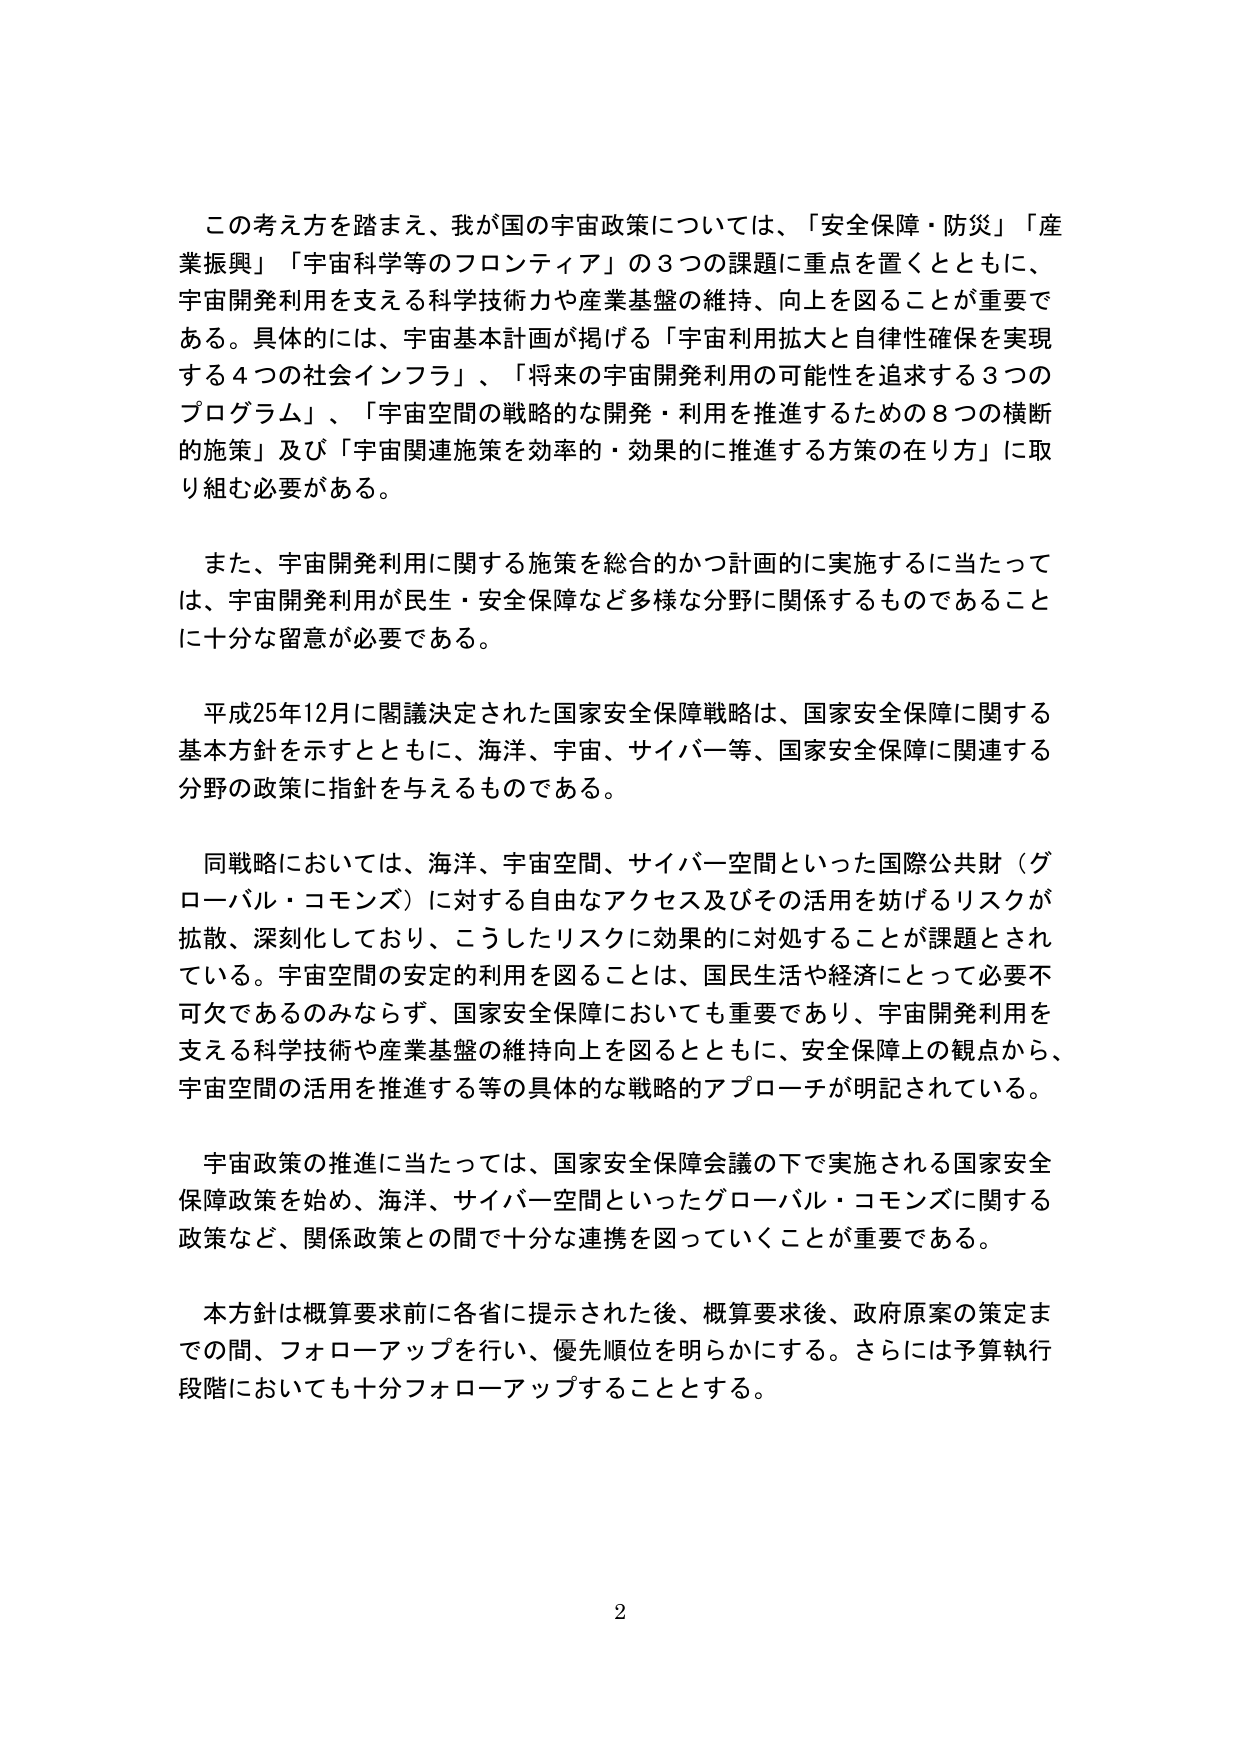
この考え方を踏まえ、我が国の宇宙政策については、「安全保障・防災」「産業振興」「宇宙科学等のフロンティア」の3つの課題に重点を置くとともに、宇宙開発利用を支える科学技術力や産業基盤の維持、向上を図ることが重要である。具体的には、宇宙基本計画が掲げる「宇宙利用拡大と自律性確保を実現する4つの社会インフラ」、「将来の宇宙開発利用の可能性を追求する3つのプログラム」、「宇宙空間の戦略的な開発・利用を推進するための8つの横断的施策」及び「宇宙関連施策を効率的・効果的に推進する方策の在り方」に取り組む必要がある。

また、宇宙開発利用に関する施策を総合的かつ計画的に実施するに当たっては、宇宙開発利用が民生・安全保障など多様な分野に関係するものであることに十分な留意が必要である。

平成25年12月に閣議決定された国家安全保障戦略は、国家安全保障に関する基本方針を示すとともに、海洋、宇宙、サイバー等、国家安全保障に関連する分野の政策に指針を与えるものである。

同戦略においては、海洋、宇宙空間、サイバー空間といった国際公共財（グローバル・コモンズ）に対する自由なアクセス及びその活用を妨げるリスクが拡散、深刻化しており、こうしたリスクに効果的に対処することが課題とされている。宇宙空間の安定的利用を図ることは、国民生活や経済にとって必要不可欠であるのみならず、国家安全保障においても重要であり、宇宙開発利用を支える科学技術や産業基盤の維持向上を図るとともに、安全保障上の観点から、宇宙空間の活用を推進する等の具体的な戦略的アプローチが明記されている。

宇宙政策の推進に当たっては、国家安全保障会議の下で実施される国家安全保障政策を始め、海洋、サイバー空間といったグローバル・コモンズに関する政策など、関係政策との間で十分な連携を図っていくことが重要である。

本方針は概算要求前に各省に提示された後、概算要求後、政府原案の策定までの間、フォローアップを行い、優先順位を明らかにする。さらには予算執行段階においても十分フォローアップすることとする。

2